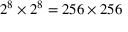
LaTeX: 2 ^ { 8 } \times 2 ^ { 8 } = 2 5 6 \times 2 5 6